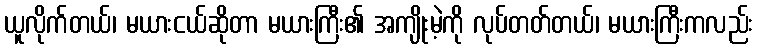
ယူလိုက်တယ်၊ မယားငယ်ဆိုတာ မယားကြီး၏ အကျိုးမဲ့ကို လုပ်တတ်တယ်၊ မယားကြီးကလည်း